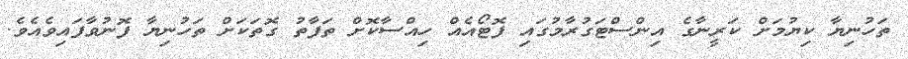
ތަހުނިޔާ ކިޔުމަށް ކަރީނާގެ އިންސްޓަގުރާމުގައި ފޮޓޯއެއް ހިއްސާކޮށް ތަފާތު ގޮތަކަށް ތަހުނިޔާ ފޮނުވާފައިވެއެވެ.